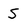
Character: S